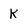
Character: k